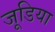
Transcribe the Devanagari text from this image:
जूडिया